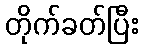
တိုက်ခတ်ပြီး